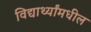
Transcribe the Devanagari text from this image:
विद्यार्थ्यांमधील